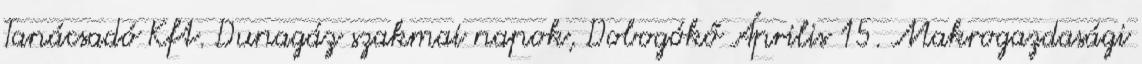
Tanácsadó Kft. Dunagáz szakmai napok, Dobogókő Április 15. Makrogazdasági